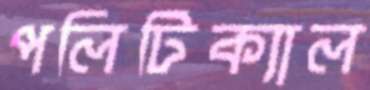
পলিটিক্যাল